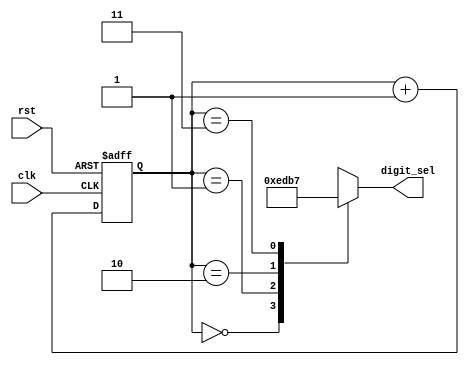
`timescale 1ns / 1ps

module digit_selector_matrix(
    input clk,
    input rst,
    output reg [3:0] digit_sel
    );
    reg [1:0]sel;
    
    // for simulation
    //initial
    //    sel = 0;
    
    // 2-bit counter
    always @(posedge clk, posedge rst)
    begin
        if (rst)
            sel <= 0;
        else
            sel <= sel + 1;
    end       
    
    always@ *
    begin
        case(sel)
            2'b00: digit_sel = 4'b1110; // low asserting for anode
            2'b01: digit_sel = 4'b1101;
            2'b10: digit_sel = 4'b1011;
            2'b11: digit_sel = 4'b0111;
        endcase
    end    
    
endmodule